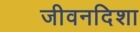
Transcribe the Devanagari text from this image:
जीवनदिशा